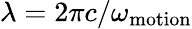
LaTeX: \lambda=2\pi c/\omega_{\mathrm{motion}}